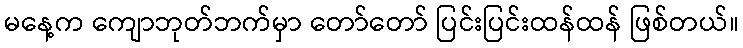
မနေ့က ကျောဘုတ်ဘက်မှာ တော်တော် ပြင်းပြင်းထန်ထန် ဖြစ်တယ်။